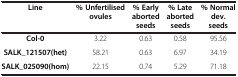
<table><thead><tr><td><b>Line</b></td><td><b>% Unfertilised ovules</b></td><td><b>% Early aborted seeds</b></td><td><b>% Late aborted seeds</b></td><td><b>% Normal dev. seeds</b></td></tr></thead><tbody><tr><td><b>Col-0</b></td><td>3.22</td><td>0.63</td><td>0.58</td><td>95.56</td></tr><tr><td><b>SALK_121507(het)</b></td><td>58.21</td><td>0.63</td><td>6.97</td><td>34.19</td></tr><tr><td><b>SALK_025090(hom)</b></td><td>22.15</td><td>0.74</td><td>5.29</td><td>71.18</td></tr></tbody></table>